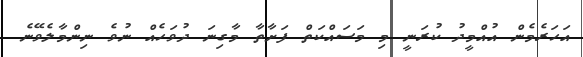
އަހަރެމެން އުއްމީދު ކުރަނީ މި މަސައްކަތް ފަށާތާ މާގިނަ ދުވަހެއް ނުވެ ނިންމާލެވޭނެ